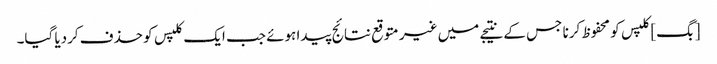
[بگ] کلپس کو محفوظ کرنا جس کے نتیجے میں غیر متوقع نتائج پیدا ہوئے جب ایک کلپس کو حذف کردیا گیا۔